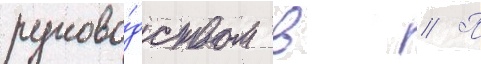
руково́дством в // П